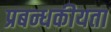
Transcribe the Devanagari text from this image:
प्रबन्धकीयता